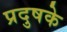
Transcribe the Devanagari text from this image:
प्रदुषके